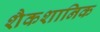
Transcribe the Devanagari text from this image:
शैकशानिक